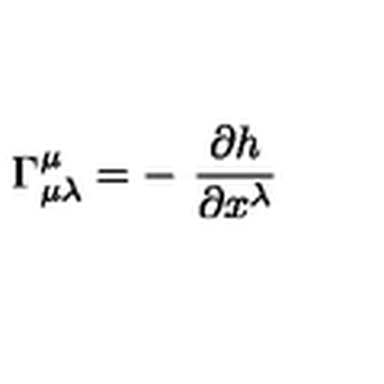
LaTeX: \Gamma _ { \mu \lambda } ^ { \mu } = - \ \frac { \partial h } { \partial x ^ { \lambda } }